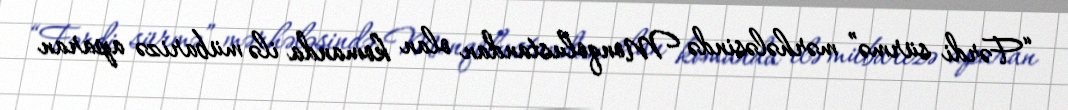
“Fərdi sürmə” mərhələsində Monqolustandan olan komanda ilə mübarizə aparan